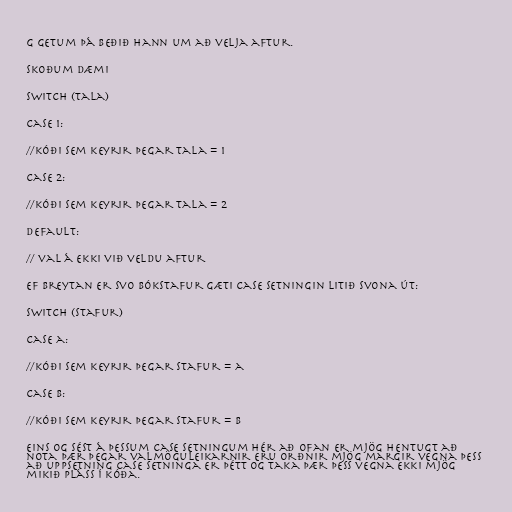
g getum þá beðið hann um að velja aftur.

Skoðum dæmi

Switch (tala)

case 1:

//kóði sem keyrir þegar tala = 1

case 2:

//kóði sem keyrir þegar tala = 2

Default:

// val á ekki við veldu aftur

Ef breytan er svo bókstafur gæti case setningin litið svona út:

Switch (stafur)

case a:

//kóði sem keyrir þegar stafur = a

case b:

//kóði sem keyrir þegar stafur = b

Eins og sést á þessum case setningum hér að ofan er mjög hentugt að
nota þær þegar valmöguleikarnir eru orðnir mjög margir vegna þess
að uppsetning case setninga er þétt og taka þær þess vegna ekki mjög
mikið pláss í kóða.